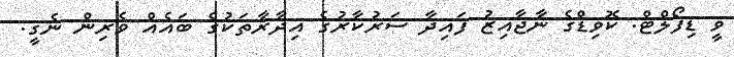
ވީ ޑިފޯލްޓް. ކޮވިޑްގެ ނާޖާއިޒު ފައިދާ ސަރުކާރުގެ އިދާރާތަކުގެ ބައެއް ވެރިން ނެގީ.